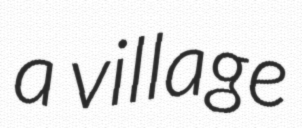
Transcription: a village